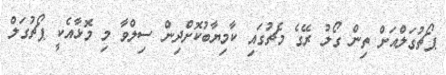
ޕޯޗުގަލްއަށް ތިން ގޯލު ރޭގެ މެޗުގައި ކާމިޔާބުކޮށްދިން ސިލްވާ މި މޮޅާއެކީ ޕޯޗުގަލް